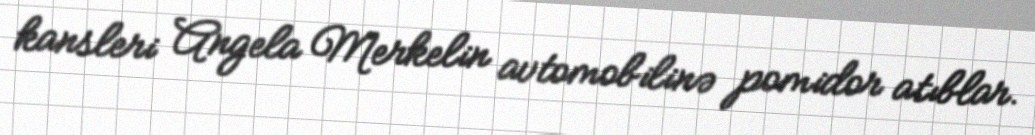
kansleri Angela Merkelin avtomobilinə pomidor atıblar.